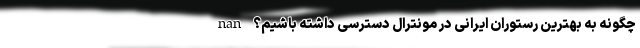
nan چگونه به بهترین رستوران ایرانی در مونترال دسترسی داشته باشیم؟